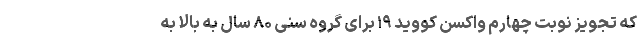
که تجویز نوبت چهارم واکسن کووید ۱۹ برای گروه سنی ۸۰ سال به بالا به